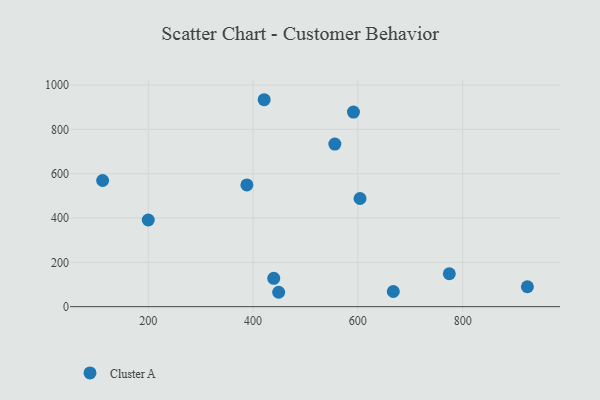
{"axis": {"x": "Distance", "y": "Exam Score"}, "legend": ["Cluster A"], "data": [{"x": "388.1", "y": 549.3, "type": "Cluster A"}, {"x": "591.6", "y": 878.0, "type": "Cluster A"}, {"x": "556.0", "y": 733.6, "type": "Cluster A"}, {"x": "604.1", "y": 488.2, "type": "Cluster A"}, {"x": "421.1", "y": 933.8, "type": "Cluster A"}, {"x": "199.8", "y": 391.2, "type": "Cluster A"}, {"x": "667.6", "y": 68.5, "type": "Cluster A"}, {"x": "112.7", "y": 569.4, "type": "Cluster A"}, {"x": "774.6", "y": 148.6, "type": "Cluster A"}, {"x": "439.4", "y": 127.9, "type": "Cluster A"}, {"x": "448.8", "y": 65.0, "type": "Cluster A"}, {"x": "923.6", "y": 90.0, "type": "Cluster A"}]}